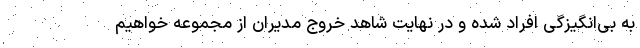
به بی‌انگیزگی افراد شده و در نهایت شاهد خروج مدیران از مجموعه خواهیم